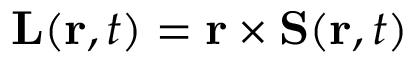
\mathbf { L } ( \mathbf { r } , t ) = \mathbf { r } \times \mathbf { S } ( \mathbf { r } , t )